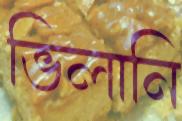
ভিলানি